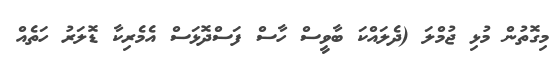
މިގޮތުން މުޅި ޖުމްލަ (ދެލައްކަ ބާވީސް ހާސް ފަސްދޮޅަސް އެމެރިކާ ޑޮލަރު ހަތެއް